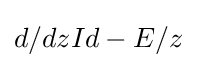
d/dzId-E/z